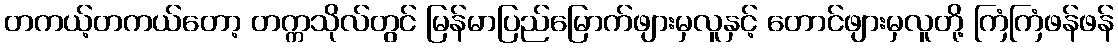
တကယ့်တကယ်တော့ တက္ကသိုလ်တွင် မြန်မာပြည်မြောက်ဖျားမှလူနှင့် တောင်ဖျားမှလူတို့ ကြံကြံဖန်ဖန်